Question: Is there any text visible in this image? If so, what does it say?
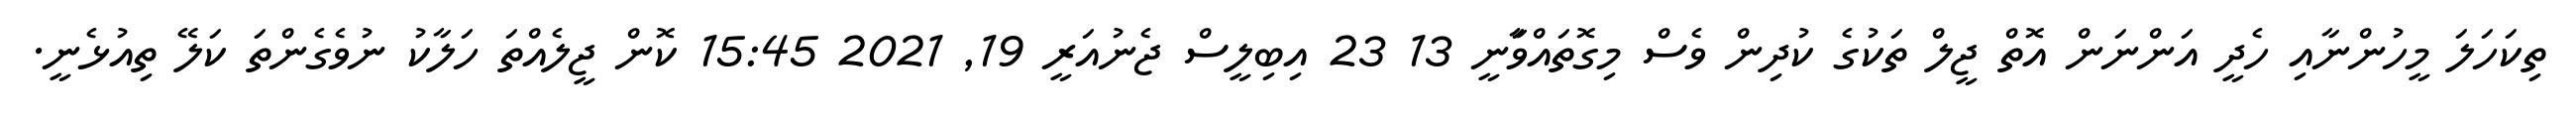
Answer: ތިކަހަލަ މީހުންނާއި ހެދީ އަންނަން އޮތް ޖީލް ތަކުގެ ކުދިން ވެސް މިގޮތައްވަާނީ 13 23 އިބިލީސް ޖެނުއަރީ 19, 2021 15:45 ކޮން ޖީލެއްތަ ހަލާކު ނުވެގެންތަ ކަލޭ ތިއުޅެނީ.